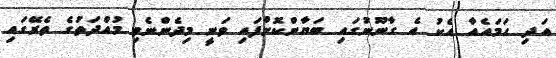
އަދި ހަމައެއާ އެކު އެ ގާނޫނުގައި ބަޔާންކޮށްފައި ވަނީ މިދެންނެވި މުއްދަތުގެ ތެރޭގައި